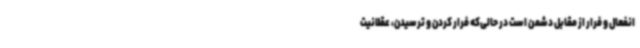
انفعال و فرار از مقابل دشمن است در حالی‌که فرار کردن و ترسیدن، عقلانیت